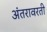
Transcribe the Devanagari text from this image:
अंतरावरती